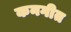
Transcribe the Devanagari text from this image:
कनगीत